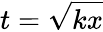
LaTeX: t={\sqrt{kx}}